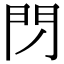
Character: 閁